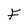
Character: F